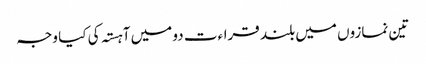
تین نمازوں میں بلند قراءت دو میں آہستہ کی کیا وجہ